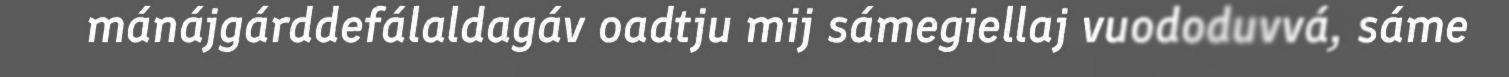
mánájgárddefálaldagáv oadtju mij sámegiellaj vuododuvvá, sáme